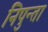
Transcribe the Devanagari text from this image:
निपुन्ता